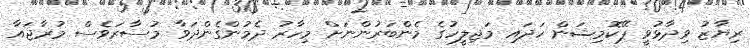
ރިޔާޒު ވިދާޅުވީ ޕޭކޮމިޝަން ހަދައި މަޖިލީހުގެ މެންބަރުންނަށް މިހާރު ދެމުންގެންދަވާ މުސާރަވެސް މުރާޖައާ